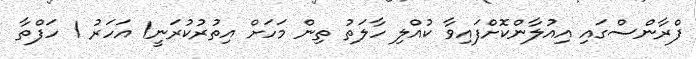
ފްރާންސްގައި އިއުލާންކޮށްފައިވާ ކުއްލި ހާލަތު ތިން މަހަށް އިތުރުކުރަނީ1 އަހަރު 1 ހަފްތާ